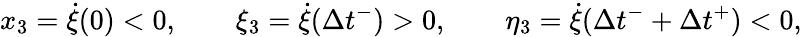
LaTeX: x_{3}=\dot{\xi}(0)<0,\qquad\xi_{3}=\dot{\xi}(\Delta{t}^{-})>0,\qquad\eta_{3}=\dot{\xi}(\Delta{t}^{-}+\Delta{t}^{+})<0,